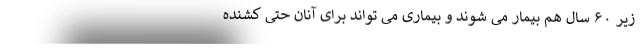
زیر ۶۰ سال هم بیمار می شوند و بیماری می تواند برای آنان حتی کشنده